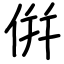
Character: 倂